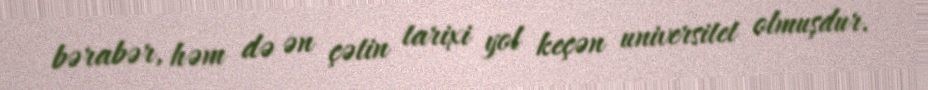
bərabər, həm də ən çətin tarixi yol keçən universitet olmuşdur.